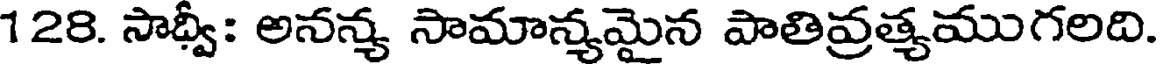
128. సాధ్వీ: అనన్య సామాన్యమైన పాతివ్రత్యముగలది.